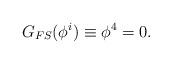
LaTeX: \begin{align*}G_{FS}(\phi^i)\equiv \phi^4=0.\end{align*}